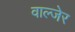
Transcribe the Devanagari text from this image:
वाल्जेर